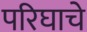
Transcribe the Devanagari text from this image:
परिघाचे